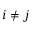
i \ne j